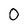
Character: 0